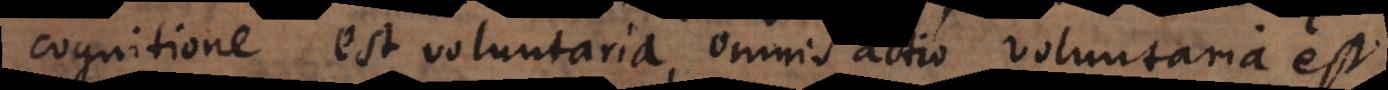
cognitione est voluntaria, omnis actio voluntaria est